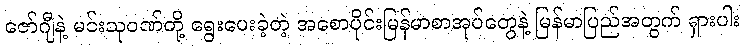
ဇော်ဂျီနဲ့ မင်းသုဝဏ်တို့ ရွေးပေးခဲ့တဲ့ အစောပိုင်းမြန်မာစာအုပ်တွေနဲ့ မြန်မာပြည်အတွက် ရှားပါး